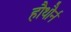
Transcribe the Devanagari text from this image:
हौथौर्न